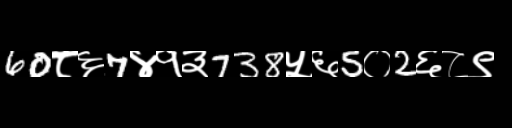
Text: 60८६7४१३738५६5०2६८९